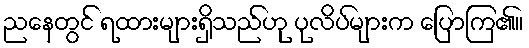
ညနေတွင် ရထားများရှိသည်ဟု ပုလိပ်များက ပြောကြ၏။